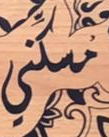
مسكني